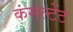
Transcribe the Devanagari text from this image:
कंसल्‍टेंट